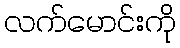
လက်မောင်းကို